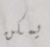
يمكن